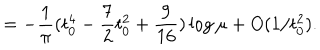
= - \frac { 1 } { \pi } ( t _ { 0 } ^ { 4 } - \frac { 7 } { 2 } t _ { 0 } ^ { 2 } + \frac { 9 } { 1 6 } ) \log \mu + O ( 1 / t _ { 0 } ^ { 2 } ) .